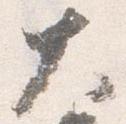
大